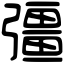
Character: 彊